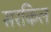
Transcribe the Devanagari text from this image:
सरकिल